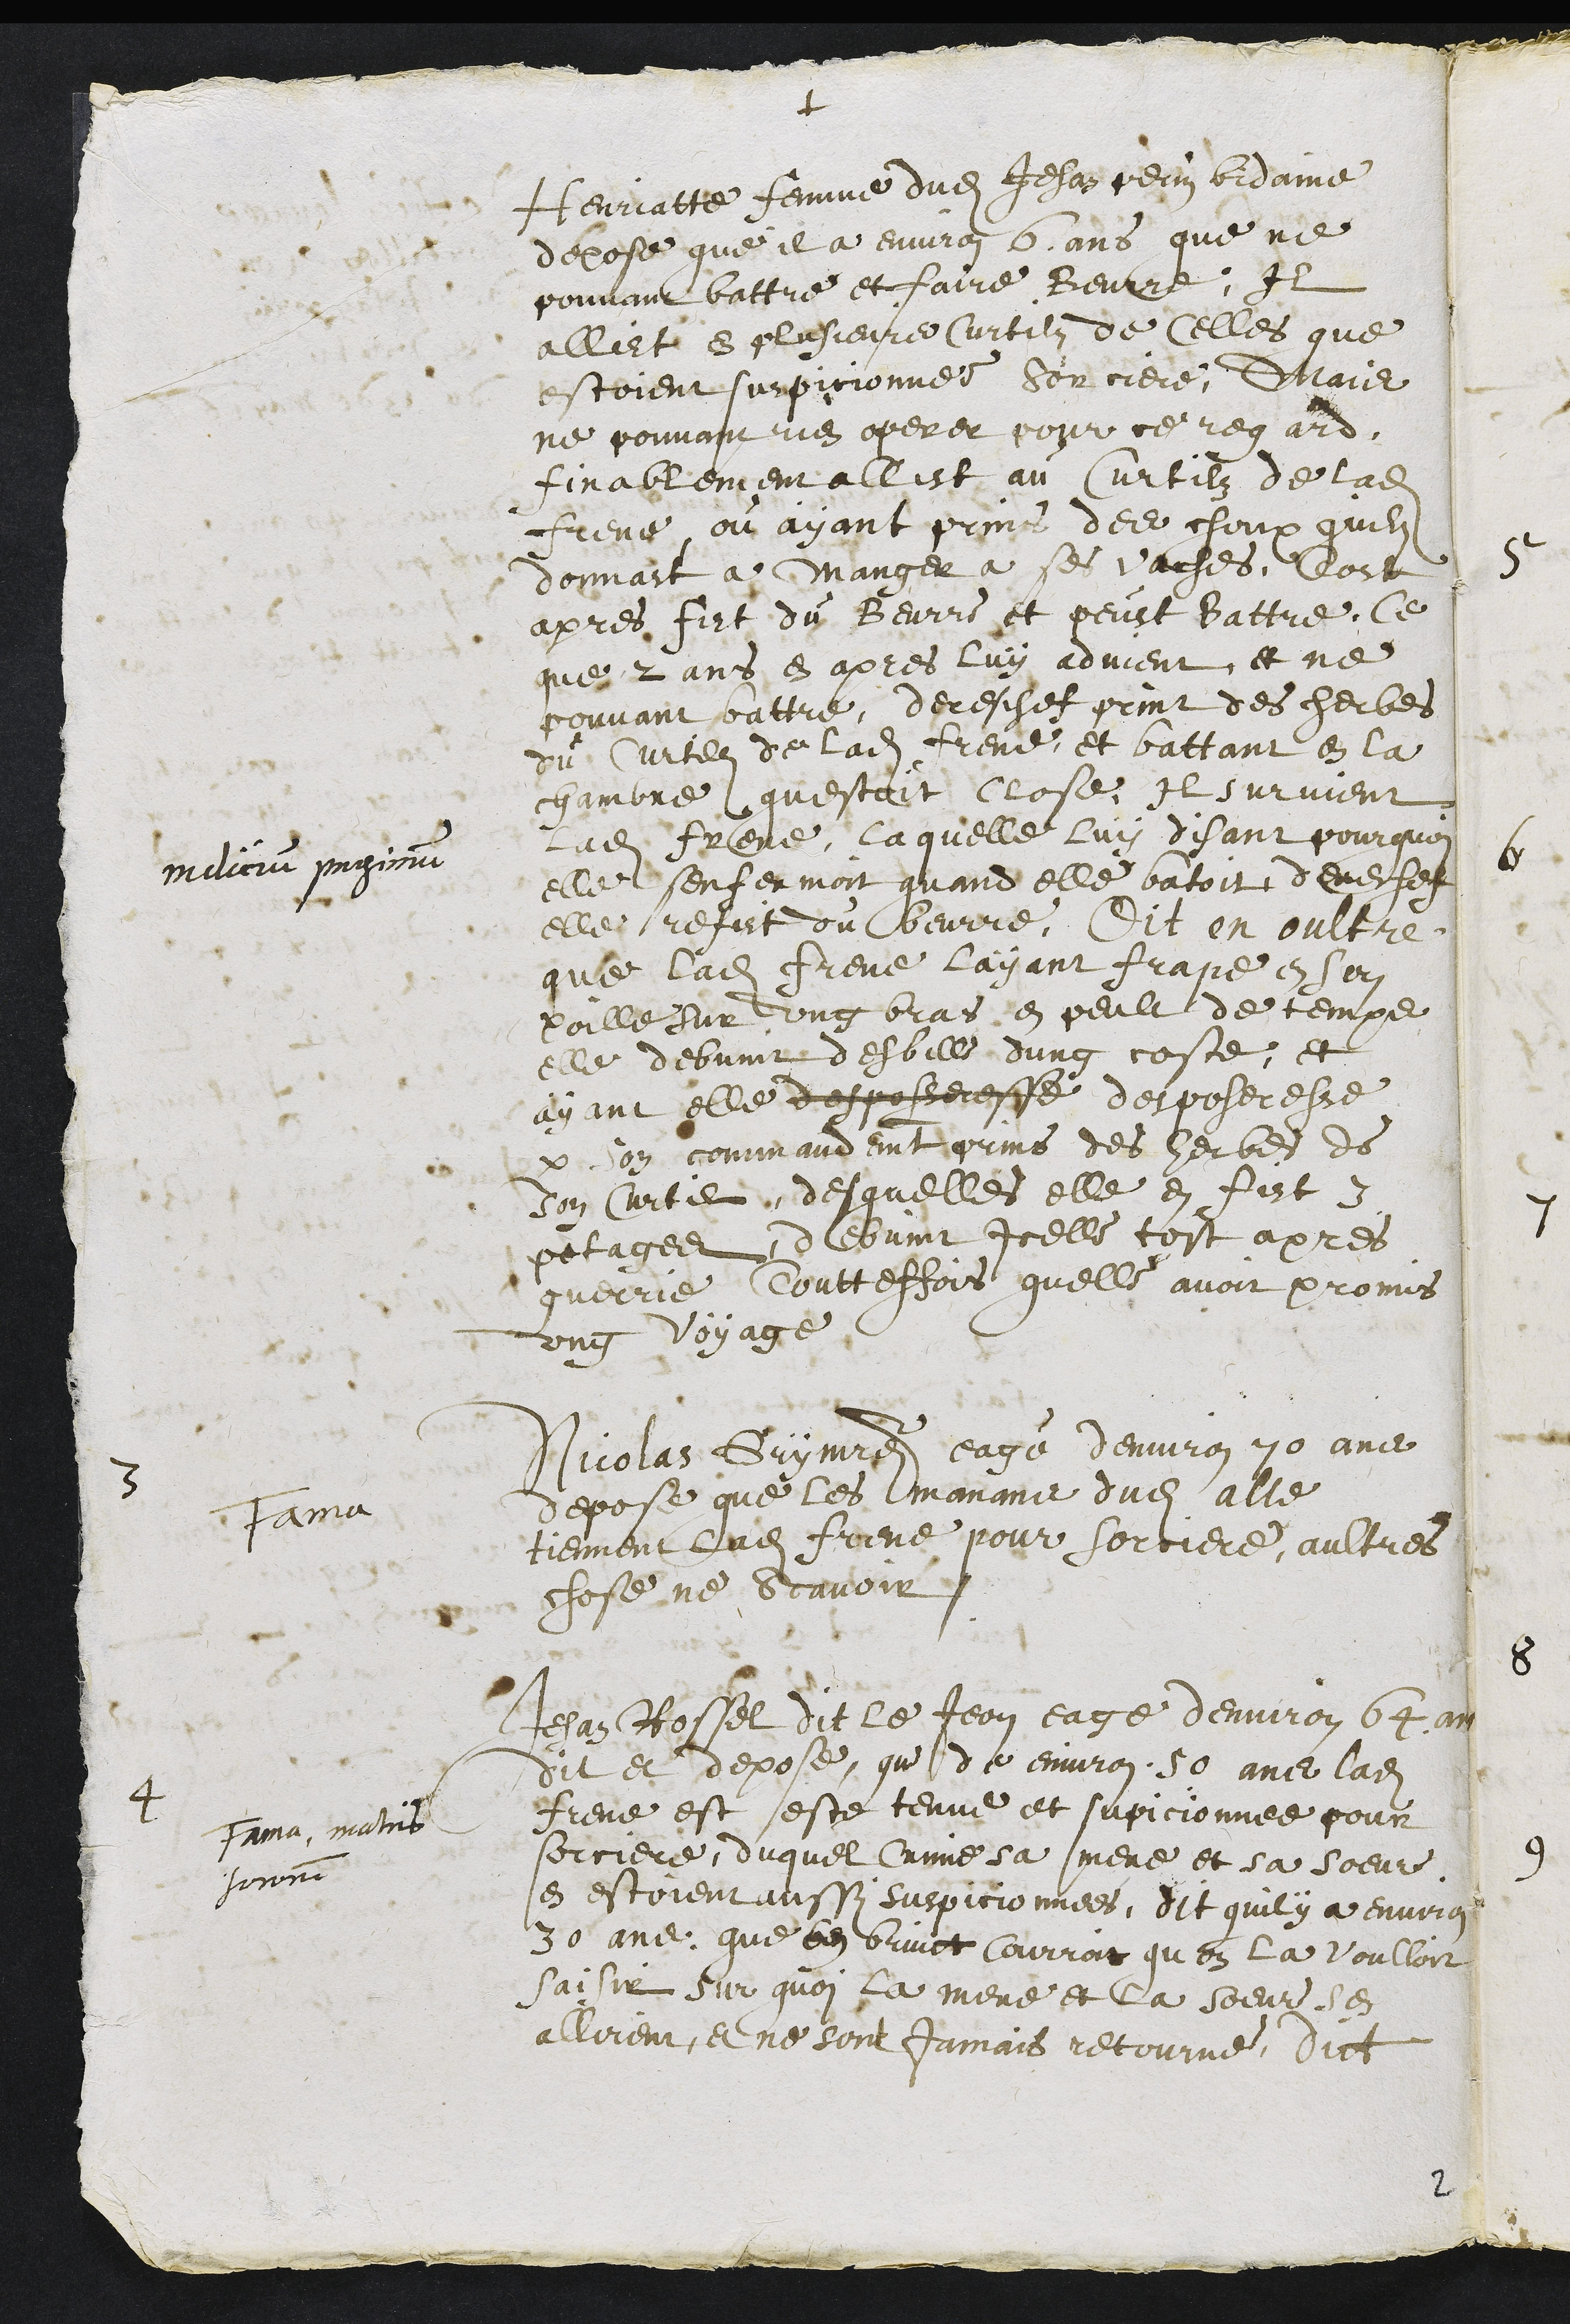
+
indicium peximum
3
Fama
4
fama matris
sororis
Henriatte femme dudit Jehan perin Bidaine
depose que il a environ 6 ans que ne
pouvant battre et faire Beurre, Il
allat en plusieurs Curtilz de celles que
estoient suspicionnee sorciere, Mais
ne pouvant rien operer pour ce regard
finablement allist au Curtilz de ladite
Frene, ou ayant prins des choux quilz
donnoit a manger a ses vaches, Tost
apres fist du Beurre et peust battre, Ce
que 2 ans en apres luy advient, et ne
pouvant battre, derechef print des herbes
du Curtilz de ladite Frene et battant en la
chambre questoit close, Il survient
Ladite Frene, laquelle luy disant pourquoi
elle senfermoit quand elle batoit, derechef
elle refist du beurre, Dit en oultre
que ladite Frene layant frape en son
poille sur ung bras en peult de temps
elle debvint desbille dung coste, et
ayant elle desposseresse desposeresse
par son commandement prins des herbes es
son Curtil, desquelles elle en fist 3
potages debvint icelle tost apres
guerrie, Toutteffois quelle avoit promis
ung voyage
Nicolas Grymaitre eagé denviron 70 ans
depose que les manans dudit alle
tiennent ladite Frene pour sorciere, aultres
chose ne scavoir
Jehan Rossel dit le Jean eage denviron 64 ans
dit et depose, que de environ 50 ans ladite
Frene est este tenue et supicionnee pour
sorciere, duquel Crime sa mere et sa soeur
en estoient aussi suspicionnees, dit quil y a environ
30 ans que bon bruict courroit quon la voulloir
saisir sur quoy la mere et la soeur sen
allirent, et ne sont jamais retourne, dict
2